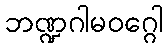
ဘဏ္ဍဂါမဝဂ္ဂေါ